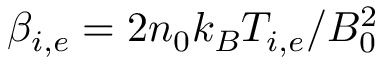
\beta _ { i , e } = 2 n _ { 0 } k _ { B } T _ { i , e } / B _ { 0 } ^ { 2 }